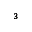
^ { 3 }